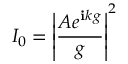
I _ { 0 } = \left| { \frac { A e ^ { \mathbf { i } k g } } { g } } \right| ^ { 2 }